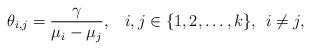
LaTeX: \begin{align*} \theta _{i,j} = \frac{\gamma }{{{\mu _i} - {\mu _j}}}, \;\;\; i , j \in \{ 1 , 2 , \dots , k \} , \,\; i \ne j ,\end{align*}